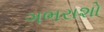
ગભરાશો